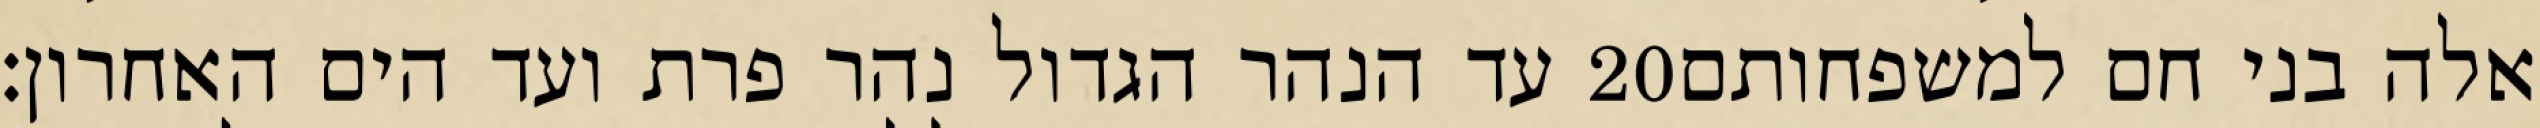
עד הנהר הגדול נהר פרת ועד הים האחרון׃ ‎20‏ אלה בני חם למשפחותם